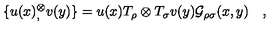
\{ u ( x ) { } _ { , } ^ { \otimes } v ( y ) \} = u ( x ) T _ { \rho } \otimes T _ { \sigma } v ( y ) { \cal G } _ { \rho \sigma } ( x , y ) \quad ,